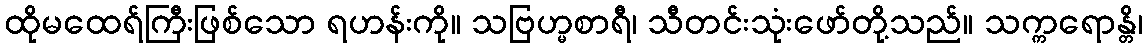
ထိုမထေရ်ကြီးဖြစ်သော ရဟန်းကို။ သဗြဟ္မစာရီ၊ သီတင်းသုံးဖော်တို့သည်။ သက္ကရောန္တိ၊